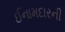
ઈનામદારની